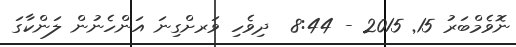
ނޮވެމްބަރު 15